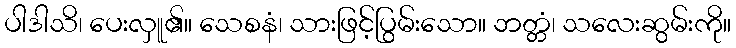
ပါဒါသိ၊ ပေးလှူ၏။ သေစနံ၊ သားဖြင့်ပြွမ်းသော။ ဘတ္တံ၊ သလေးဆွမ်းကို။